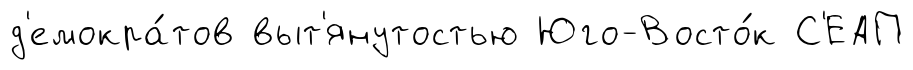
д'емокра́тов выт'янутостью Юго-Восто́к С'ЕАП